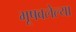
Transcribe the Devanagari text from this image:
भूषवलेल्या